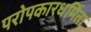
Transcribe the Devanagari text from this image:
परोपकारधर्मिता